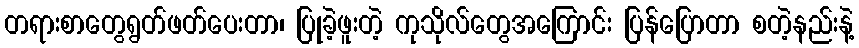
တရားစာတွေရွတ်ဖတ်ပေးတာ၊ ပြုခဲ့ဖူးတဲ့ ကုသိုလ်တွေအကြောင်း ပြန်ပြောတာ စတဲ့နည်းနဲ့